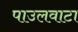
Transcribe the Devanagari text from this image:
पाउलवाटा